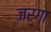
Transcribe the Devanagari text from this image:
जरगा